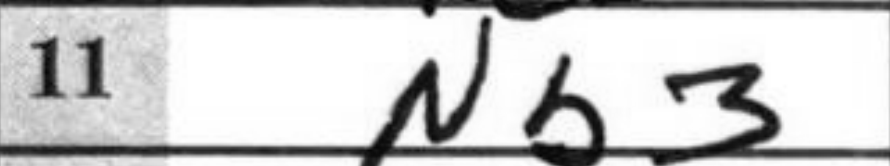
Transcription: Nb3